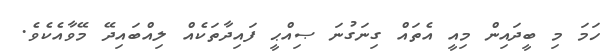
ހަމަ މި ބީދައިން މިއީ އެތައް ގިނަގުނަ ޞިއްޙީ ފައިދާތަކެއް ލިއްބައިދޭ މޭވާއެކެވެ.